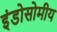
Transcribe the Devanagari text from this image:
इंडोसोमीय